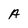
Character: A